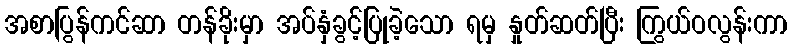
အစာပြွန်ကင်ဆာ တန်ခိုးမှာ အပ်နှံခွင့်ပြုခဲ့သော ရမှ နှုတ်ဆတ်ပြီး ကြွယ်ဝလွန်းကာ